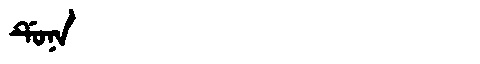
Manchu: ᡩᡠᠨᠠ
Romanization: DUNA